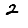
Digit: 2